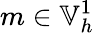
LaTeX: m\in\mathbb{V}_{h}^{1}